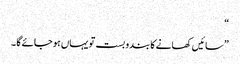
“
”سائیں کھانے کا بندو بست تو یہاں ہو جائے گا ۔